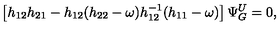
\left[ h _ { 1 2 } h _ { 2 1 } - h _ { 1 2 } ( h _ { 2 2 } - \omega ) h _ { 1 2 } ^ { - 1 } ( h _ { 1 1 } - \omega ) \right] \Psi _ { G } ^ { U } = 0 ,